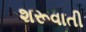
શરૂવાતી